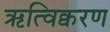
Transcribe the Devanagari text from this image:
ऋत्विक्वरण